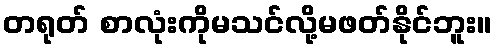
တရုတ် စာလုံးကိုမသင်လို့မဖတ်နိုင်ဘူး။